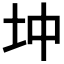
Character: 𡉥